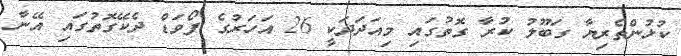
ކުޅުންތެރިޔާ ގަބޫލު ކުރާ ގޮތުގައި މިއަދަދަކީ 26 އަހަރުގެ ފޯވަޑް ދެކޭގޮތުގައި އޭނާ